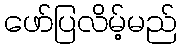
ဖော်ပြလိမ့်မည်